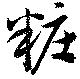
粧